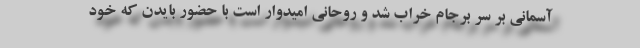
آسمانی بر سر برجام خراب شد و روحانی امیدوار است با حضور بایدن که خود